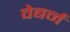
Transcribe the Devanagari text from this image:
वेबर्न